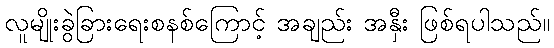
လူမျိုးခွဲခြားရေးစနစ်ကြောင့် အချည်း အနှီး ဖြစ်ရပါသည်။